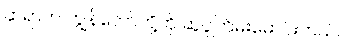
ဆရာက ကျွန်တော်တို့ကို ဆူပူကြိမ်းမောင်းတယ်။